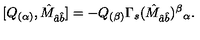
[ Q _ { ( \alpha ) } , \hat { M } _ { \hat { a } \hat { b } } ] = - Q _ { ( \beta ) } \Gamma _ { s } ( \hat { M } _ { \hat { a } \hat { b } } ) ^ { \beta } { } _ { \alpha } .